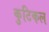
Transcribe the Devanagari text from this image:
कुटिकल